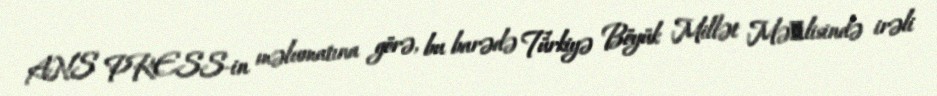
ANS PRESS-in məlumatına görə, bu barədə Türkiyə Böyük Millət Məсlisində irəli